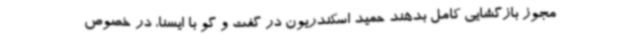
مجوز بازگشایی کامل بدهند حمید اسکندریون در گفت و گو با ایسنا، در خصوص